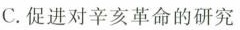
C.促进对辛亥革命的研究